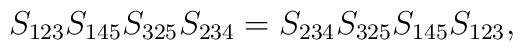
S_{123}S_{145}S_{325}S_{234}=S_{234}S_{325}S_{145}S_{123},